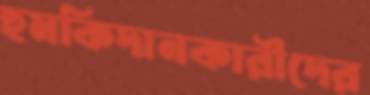
হুমকিদানকারীদের